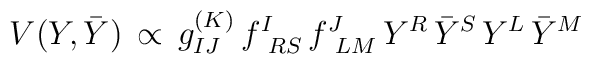
V (Y,{\bar Y}) \,\propto\, g^{(K)}_{IJ} \,f^{I}_{\  RS} \, f^J_{\ LM} \,Y^R \, {\bar Y}^S \, Y^L \, {\bar Y}^M